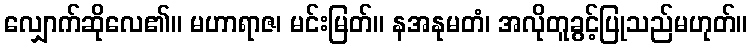
လျှောက်ဆိုလေ၏။ မဟာရာဇ၊ မင်းမြတ်။ နအနုမတံ၊ အလိုတူခွင့်ပြုသည်မဟုတ်။